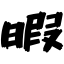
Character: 暇